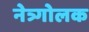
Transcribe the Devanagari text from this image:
नेत्र्गोलक